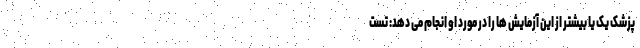
پزشک یک یا بیشتر از این آزمایش ها را در مورد او انجام می دهد: تست